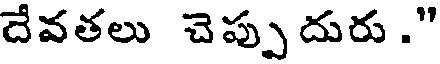
దేవతలు చెప్పు దురు ."